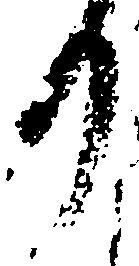
り